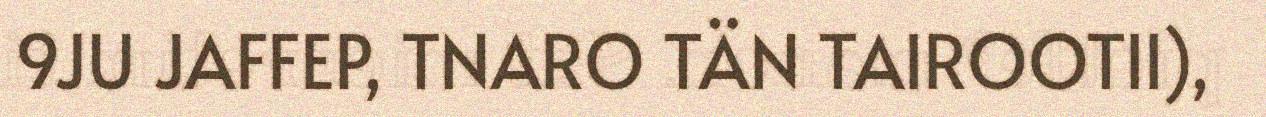
9JU JAFFEP, TNARO TÄN TAIROOTII),